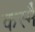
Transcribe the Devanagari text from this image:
कस्मै॑